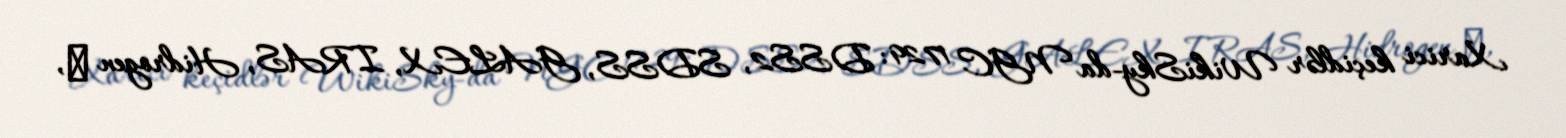
Xarici keçidlər WikiSky-da NGC 1729: DSS2, SDSS, GALEX, IRAS, Hidrogen α,